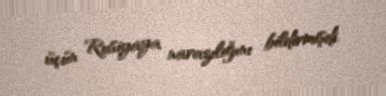
üçün Rusiyaya narazılığını bildirmişdi.